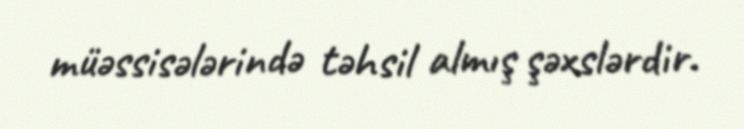
müəssisələrində təhsil almış şəxslərdir.